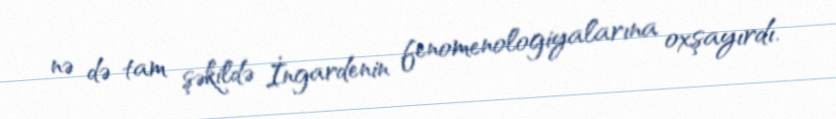
nə də tam şəkildə İngardenin fenomenologiyalarına oxşayırdı.